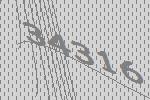
34316